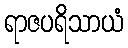
ရာဇပရိသာယံ